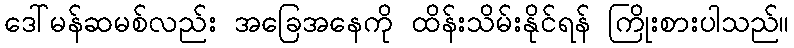
ဒေါ်မန်ဆမစ်လည်း အခြေအနေကို ထိန်းသိမ်းနိုင်ရန် ကြိုးစားပါသည်။